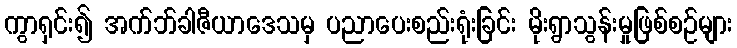
ကွာရှင်း၍ အက်ဘ်ခါဇီယာဒေသမှ ပညာပေးစည်းရုံးခြင်း မိုးရွာသွန်းမှုဖြစ်စဉ်များ